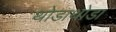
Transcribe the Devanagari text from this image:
थोडाथोडा